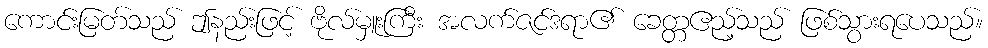
ကောင်းမြတ်သည် ဤနည်းဖြင့် ဗိုလ်မှူးကြီး အလက်ဇင်ဒရာ၏ ခေတ္တဧည့်သည် ဖြစ်သွားရပေသည်။